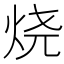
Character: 烧